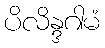
ပိလိန္ဒဂါမံ